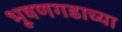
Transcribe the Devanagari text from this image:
भूषणगडाच्या